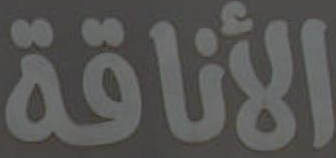
الأناقة